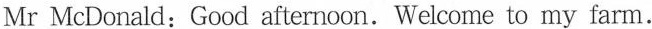
Mr McDonald:Good afternoon.Welcome to my farm.